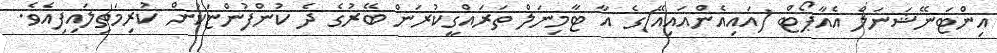
އިންޓަނޭޝަނަލް އެއާޕޯޓް (އައިއެންއައިއޭ)ގެ އާ ޓާމިނަލް ތަރައްގީކުރަން ބޭރުގެ ދެ ކުންފުންޏަކުން ކުރިމަތިލައިފިއެވެ.